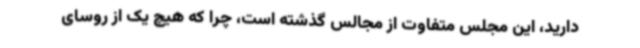
دارید، این مجلس متفاوت از مجالس گذشته است، چرا که هیچ یک از روسای